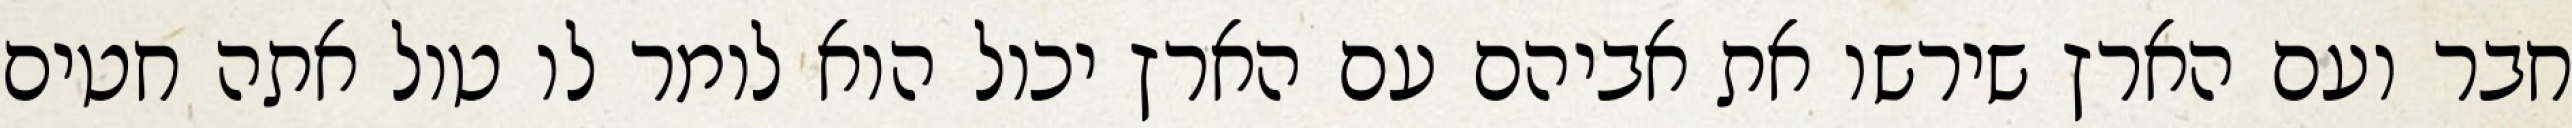
חבר ועם הארץ שירשו את אביהם עם הארץ יכול הוא לומר לו טול אתה חטים